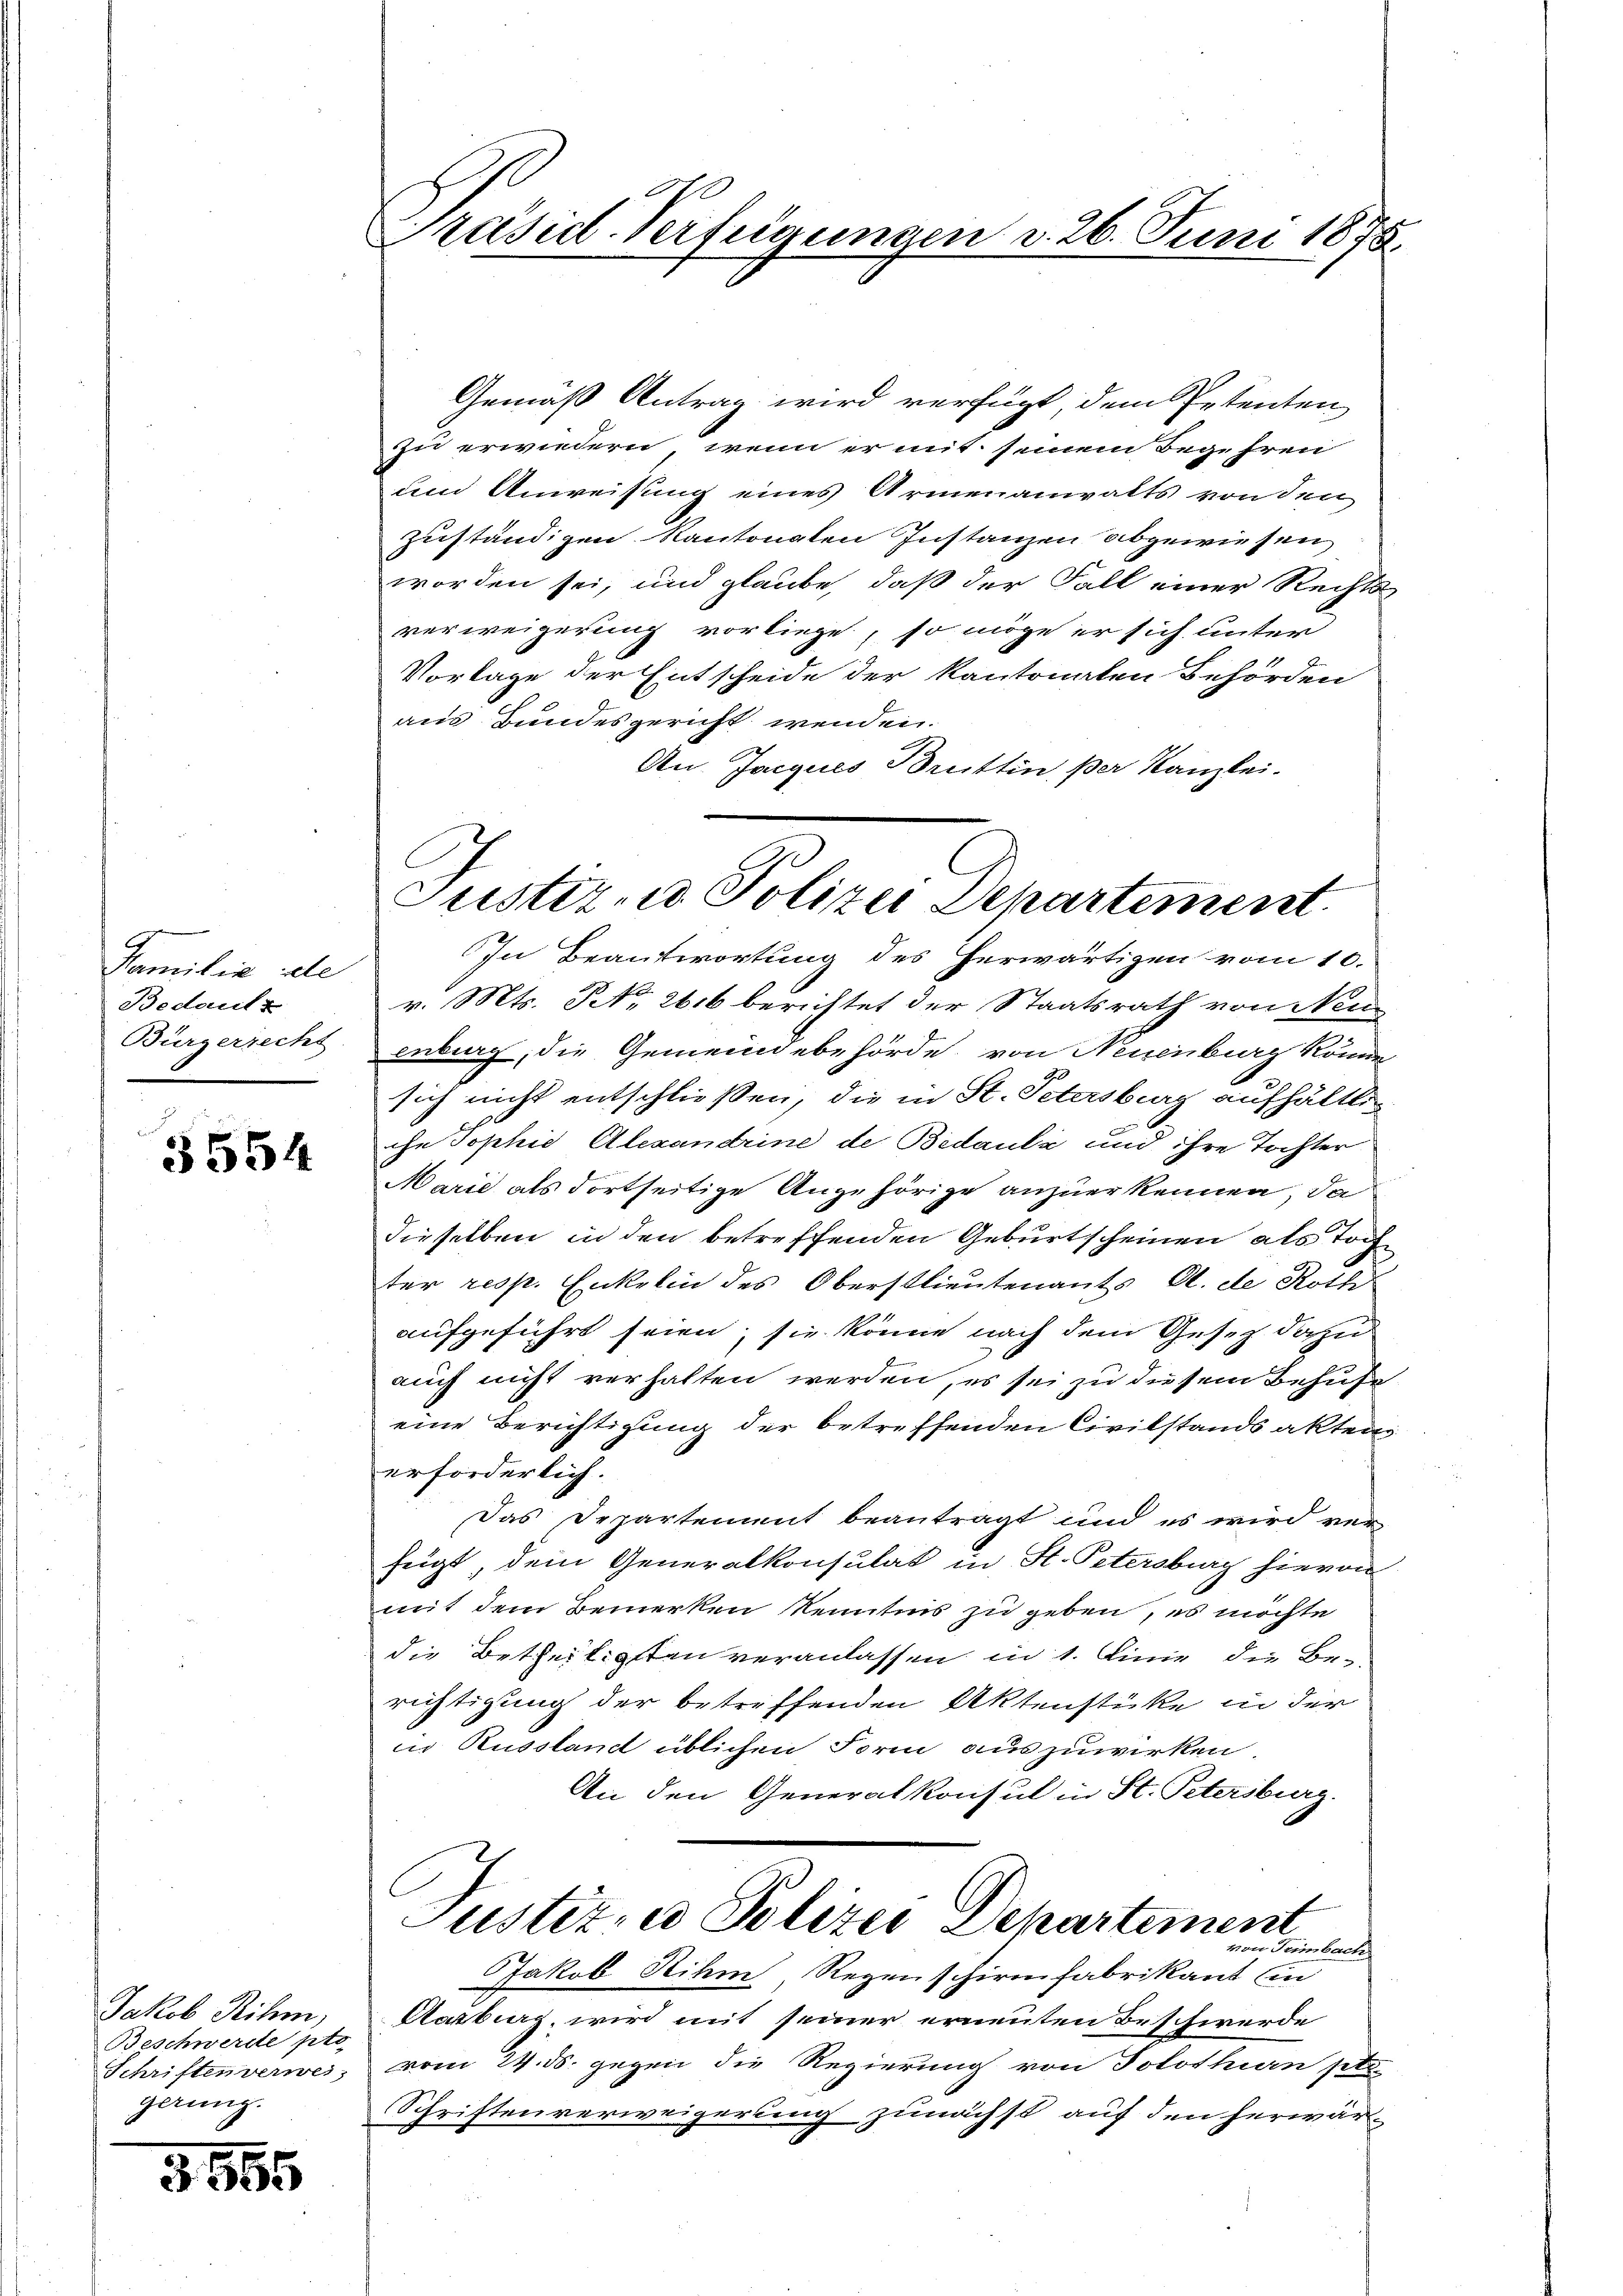
Familie de
Bedeuts
Bürgerrecht

3554

Jakob Rihm,
Beschwerde pto
Schriften verwes;
gerung.

3555

Gemäß Antrag wird verfügt dem Petenten
zu erwiedern, wenn er mit seinem Begehren
und Anweisung eines Armenanwalts von Jen
zuständigen Kantonalen Instanzen abgewiesen
worden sei, und glaube, daß der Fall einer Rechts-
verweigerung vorliege, so möge er sich unter
Vorlage der Entscheide der kantonalen Behörden
aus Bundesgericht wenden.
An Jacques Bruttin, per Kanzlei.

.
Präsid-Verfügungen d. 26. Juni 1875.

Tuster- u Polizei Departement.
In Beantwortung des herwärtigen vom 10.

v. Mts. No. 2616 berichtet der Staatsrath von Neu
enburg, die Gemeindebehörde, von Neuenburg könne
sich nicht entschließen, die in St. Petersburg aufhältliihr Sophie Alexandrine de Bedaule und ihre Tochter
Marie als dortseitige Angehörige anzuerkennen, da
dieselben in den betreffenden Geburtscheinen als Tochter resp. Enkelin des Oberstlieutenants Al. de Roth
aufgeführt seien; sie könne nach dem Gesetz dazu
auch nicht verhalten werden, es sei zu diesem Behufe
eine Berichtigung der betreffenden Civilstandsaktens
erforderlich.
Das Departement beantragt und es wird ver-
feigt, dem Generalkonsulat in St. Petersburg hievon
mit dem Bemerken kenntnis zu geben, es möchte
die Betheiligsten veranlassen in 1. Linie die Be-
richtigung der betreffenden Aktenstücke in der
in Russland üblichen Form auszuwirken.
An den Generalkonsul in St. Petersburg.
Justiz- u Polizei Departement
von Teimbach
Jakob Rihm Regenschirmfabrikant ein
Aarburg, wird mit seiner erneuten Beschwerde
vom 14. ds. gegen die Regierung von Solothurn pto
Schriftenverweigerung zunächst auf den herwär-